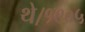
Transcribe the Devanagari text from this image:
थे।१९०५